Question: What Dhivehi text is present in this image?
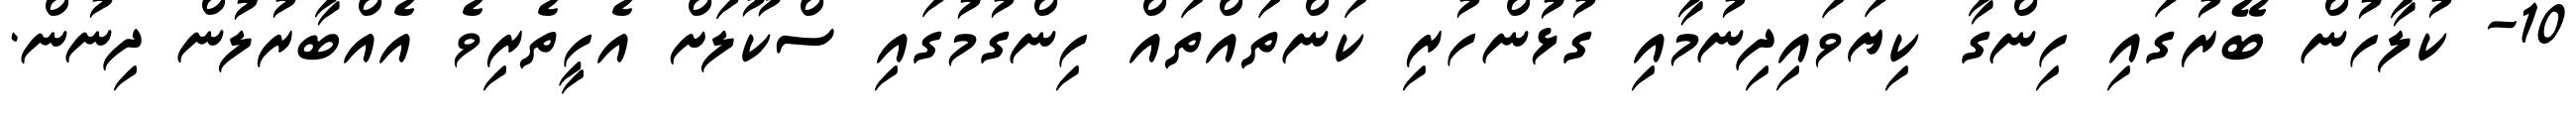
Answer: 10- ކުލާހުން ބޭރުގައި ހިންގާ ކިޔަވައިދިނުމާއި ގުޅުންހުރި ކަންތައްތައް ހިންގުމުގައި ސްކޫލަށް އެހީތެރިވެ އެއްބާރުލުން ދިނުން.